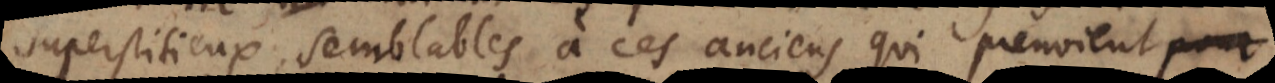
superstitieux, semblables à ces anciens qui prenoient